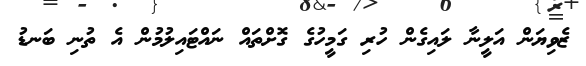
ޒެވިޔަން އަލީނާ ލައިގެން ހުރި ގަމީހުގެ ގޮށްތައް ނައްޓައިލުމުން އެ ތުނި ބަނޑު